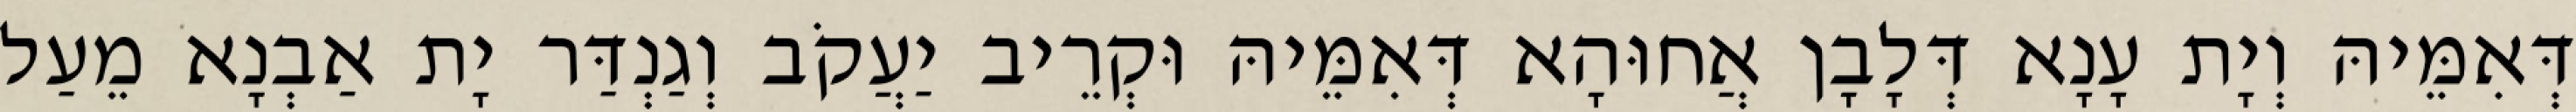
דְּאִמֵּיהּ וְיָת עָנָא דְּלָבָן אֲחוּהָא דְּאִמֵּיהּ וּקְרֵיב יַעֲקֹב וְגַנְדַּר יָת אַבְנָא מֵעַל